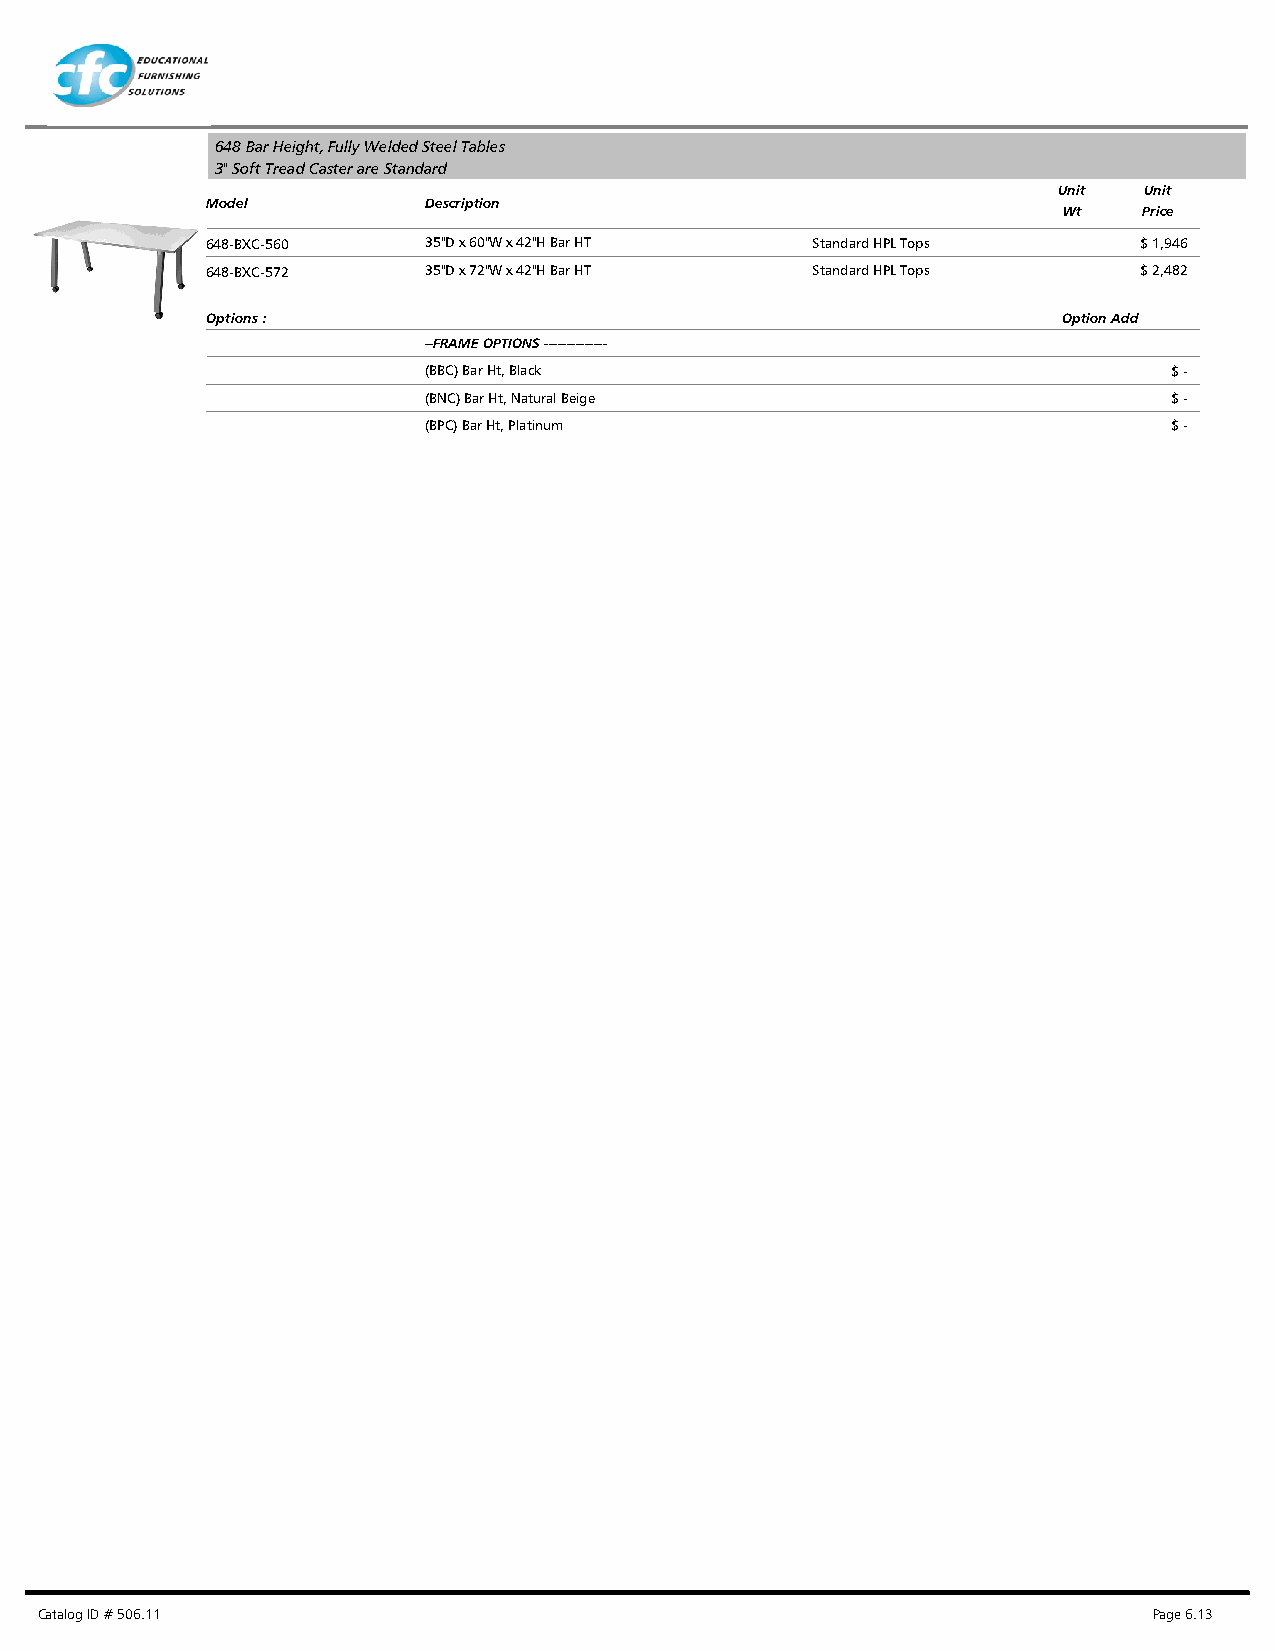
648 Bar Height, Fully Welded Steel Tables
 3" Soft Tread Caster are Standard
 Unit  Unit
 Model         Description
 Wt    Price
 648-BXC-560   35"D x 60"W x 42"H Bar HT Standard HPL Tops    $ 1,946
 648-BXC-572   35"D x 72"W x 42"H Bar HT Standard HPL Tops    $ 2,482
 Options :                                               Option Add
 --FRAME OPTIONS --------------
 (BBC) Bar Ht, Black                               $ -
 (BNC) Bar Ht, Natural Beige                       $ -
 (BPC) Bar Ht, Platinum                            $ -
 Catalog ID # 506.11                                                       Page 6.13